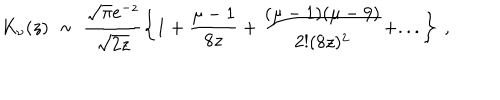
K _ { \nu } ( z ) \ \sim \ \frac { \sqrt { \pi } e ^ { - z } } { \sqrt { 2 z } } \left\{ 1 + \frac { \mu - 1 } { 8 z } + \frac { ( \mu - 1 ) ( \mu - 9 ) } { 2 ! ( 8 z ) ^ { 2 } } + . . . \right\} \ ,